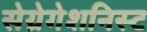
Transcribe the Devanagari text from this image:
सेग्रेगेशनिस्ट